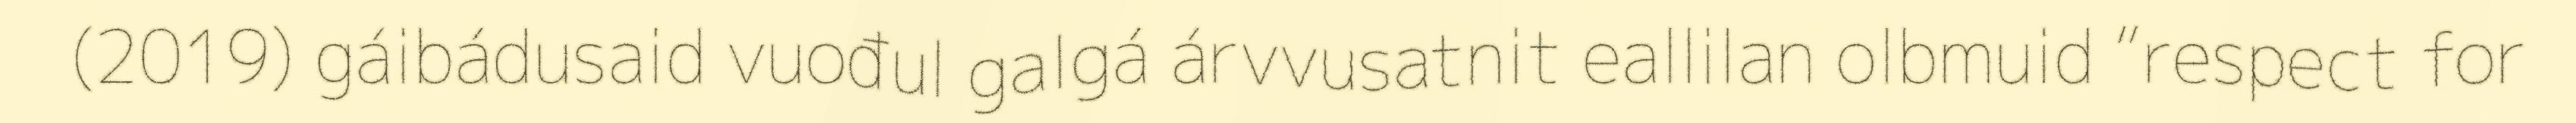
(2019) gáibádusaid vuođul galgá árvvusatnit eallilan olbmuid “respect for